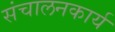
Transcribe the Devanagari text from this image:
संचालनकार्य